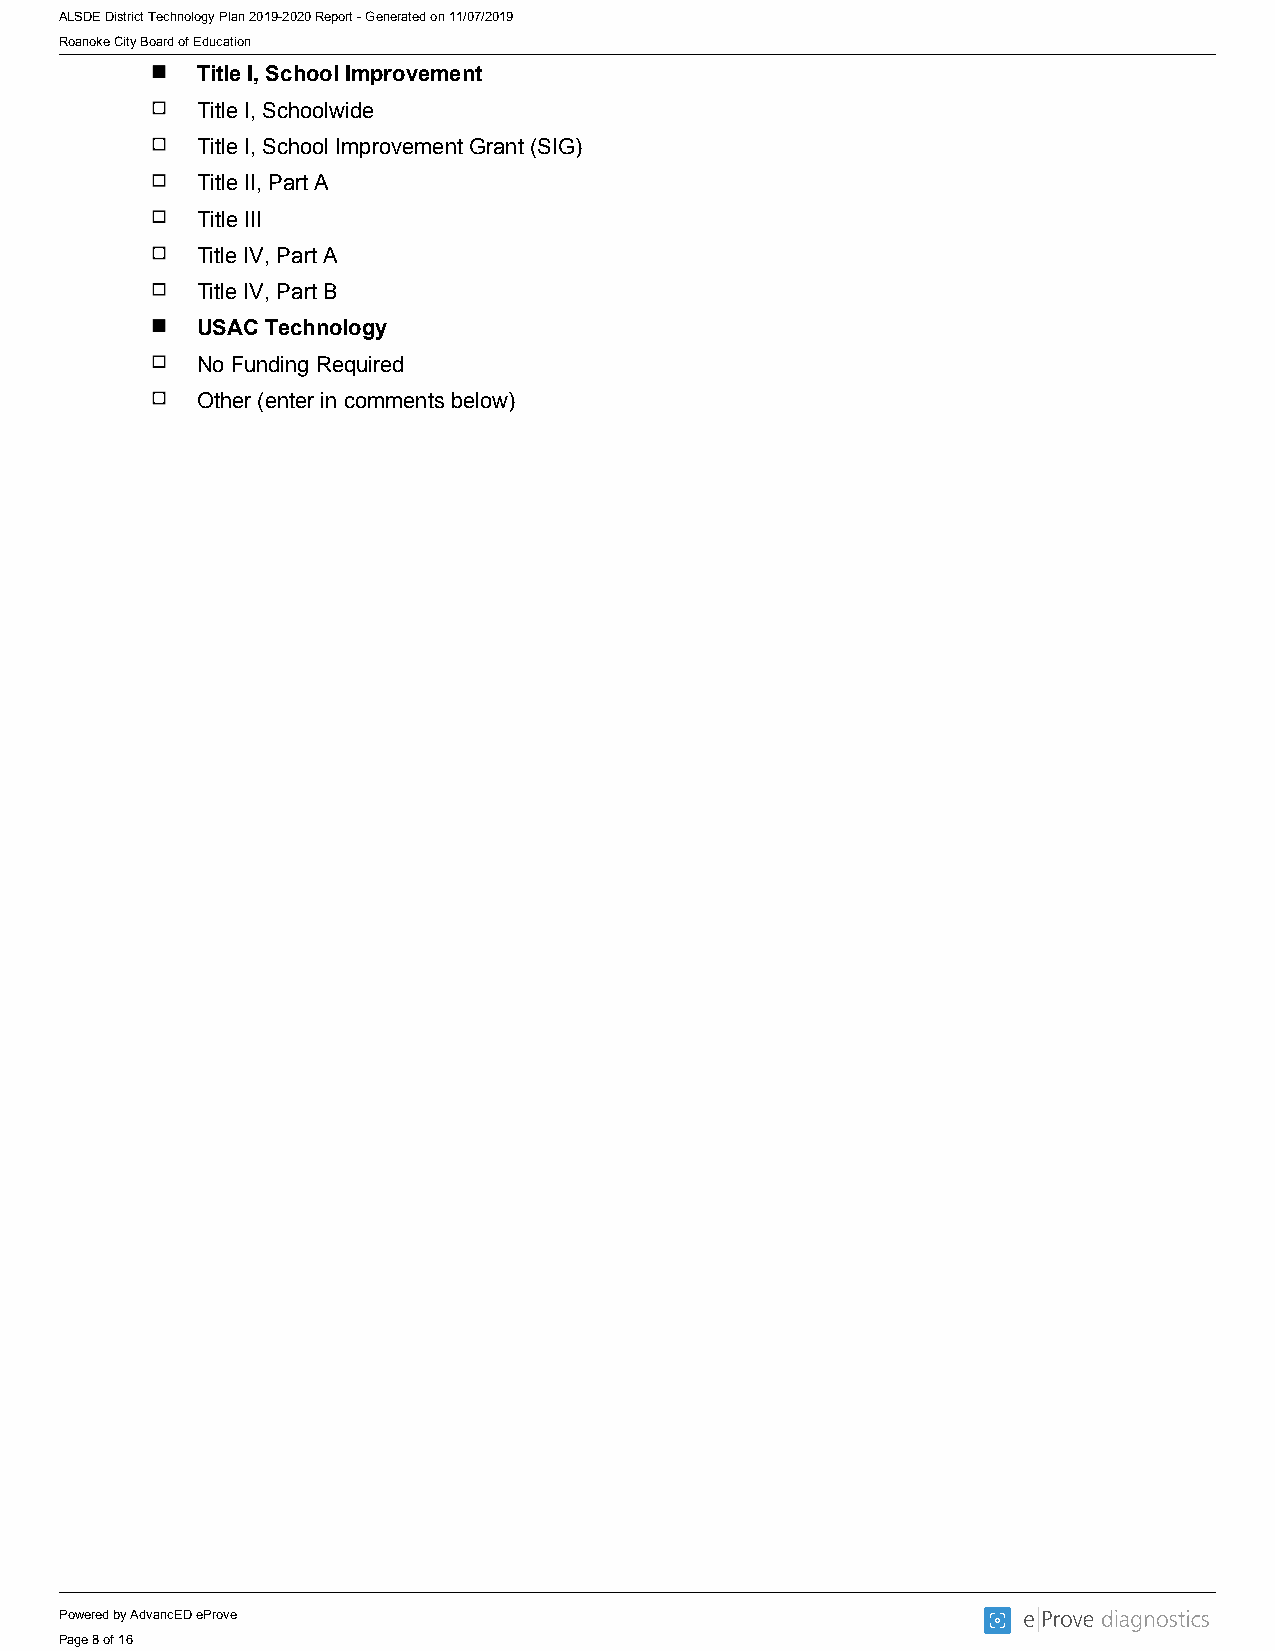
ALSDE District Technology Plan 2019-2020 Report - Generated on 11/07/2019
 Roanoke City Board of Education
 Title I, School Improvement
 Title I, Schoolwide
 Title I, School Improvement Grant (SIG)
 Title II, Part A
 Title III
 Title IV, Part A
 Title IV, Part B
 USAC Technology
 No Funding Required
 Other (enter in comments below)
 Powered by AdvancED eProve
 Page 8 of 16